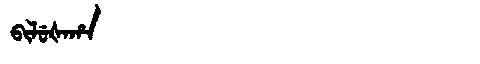
Manchu: ᠪᡳᠯᡠᡧᠠᡥᠠ
Romanization: BILUŠAHA